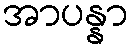
အာပန္နာ